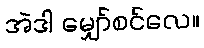
အဲဒါ မျှော်စင်လေ။